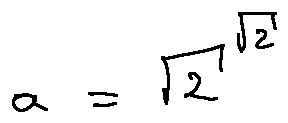
a = \sqrt { 2 } ^ { \sqrt { 2 } }